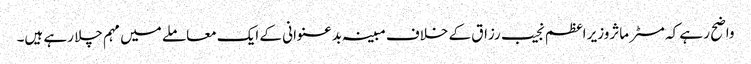
واضح ر ہے کہ مسٹر ماثروزیر اعظم نجیب رزاق کے خلاف مبینہ بدعنوانی کے ایک معاملے میں مہم چلا رہے ہیں۔